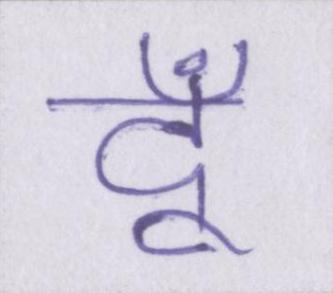
दूँ